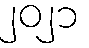
၂၀၂၁